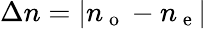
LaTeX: \Delta n=\left|n_{\mathrm{~o~}}-n_{\mathrm{~e~}}\right|